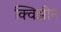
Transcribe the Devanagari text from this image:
क्विझीन